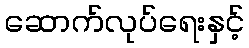
ဆောက်လုပ်ရေးနှင့်